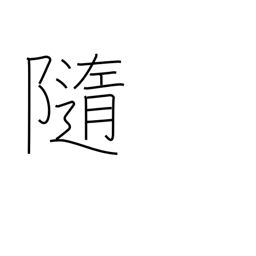
Meaning: at the mercy of (the waves)